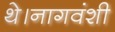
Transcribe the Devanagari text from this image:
थे।नागवंशी